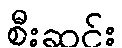
စီးဆင်း